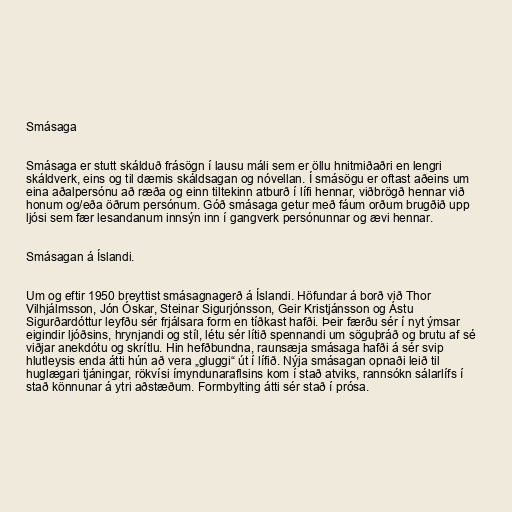
Smásaga

Smásaga er stutt skálduð frásögn í lausu máli sem er öllu hnitmiðaðri en lengri
skáldverk, eins og til dæmis skáldsagan og nóvellan. Í smásögu er oftast aðeins um
eina aðalpersónu að ræða og einn tiltekinn atburð í lífi hennar, viðbrögð hennar við
honum og/eða öðrum persónum. Góð smásaga getur með fáum orðum brugðið upp
ljósi sem fær lesandanum innsýn inn í gangverk persónunnar og ævi hennar.

Smásagan á Íslandi.

Um og eftir 1950 breyttist smásagnagerð á Íslandi. Höfundar á borð við Thor
Vilhjálmsson, Jón Óskar, Steinar Sigurjónsson, Geir Kristjánsson og Ástu
Sigurðardóttur leyfðu sér frjálsara form en tíðkast hafði. Þeir færðu sér í nyt ýmsar
eigindir ljóðsins, hrynjandi og stíl, létu sér lítið spennandi um söguþráð og brutu af sé
viðjar anekdótu og skrítlu. Hin hefðbundna, raunsæja smásaga hafði á sér svip
hlutleysis enda átti hún að vera „gluggi“ út í lífið. Nýja smásagan opnaði leið til
huglægari tjáningar, rökvísi ímyndunaraflsins kom í stað atviks, rannsókn sálarlífs í
stað könnunar á ytri aðstæðum. Formbylting átti sér stað í prósa.